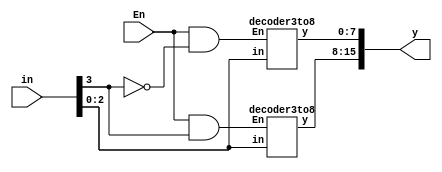
module q2(in,En,y);
input [3:0]in;
input En;
output [15:0]y;
wire c1,c2;
assign c1=En&~in[3];
assign c2=En&in[3];
decoder3to8 stage0(in[2:0],c1,y[7:0]);
decoder3to8 stage1(in[2:0],c2,y[15:8]);
endmodule

module decoder3to8(in,En,y);
input [2:0]in;
input En;
output reg [7:0]y;
integer i;
reg [2:0]c=0;
always @ (in,c,En)
begin
for(i=0;i<8;i=i+1)
begin
if(En)
begin
y[i]=(in==i)?1:0;
end
else
begin
y[i]=0;
end
end
end
endmodule